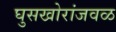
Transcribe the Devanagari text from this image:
घुसखोरांजवळ